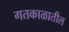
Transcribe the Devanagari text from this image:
गतकाळातील